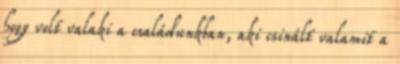
hogy volt valaki a családunkban, aki csinált valamit a